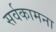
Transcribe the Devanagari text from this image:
सर्वकामना